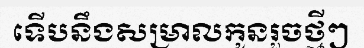
ទើបនឹងសម្រាលកូនរួចថ្មីៗ